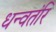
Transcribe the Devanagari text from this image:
धन्वतंरि